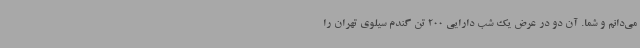
می‌دانم و شما. آن دو در عرض یک شب دارایی 200 تن گندم سیلوی تهران را